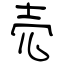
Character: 売